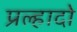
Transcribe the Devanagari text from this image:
प्रल्हादो